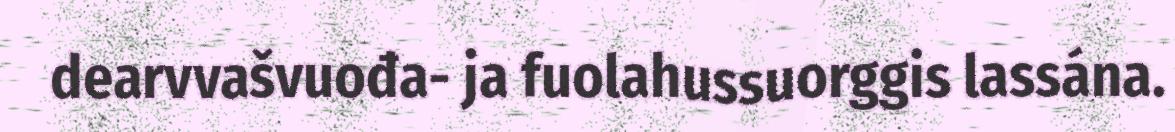
dearvvašvuođa- ja fuolahussuorggis lassána.